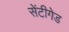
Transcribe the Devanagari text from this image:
सेंटीगेड